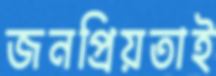
জনপ্রিয়তাই